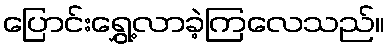
ပြောင်းရွှေ့လာခဲ့ကြလေသည်။